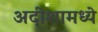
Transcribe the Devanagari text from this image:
अदीशामध्ये